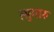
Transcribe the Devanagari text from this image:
त्सुगारु